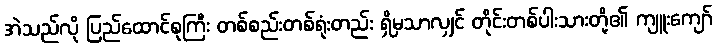
အဲသည်လို ပြည်ထောင်စုကြီး တစ်စည်းတစ်ရုံးတည်း ရှိမှသာလျှင် တိုင်းတစ်ပါးသားတို့၏ ကျူးကျော်